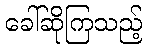
ခေါ်ဆိုကြသည့်